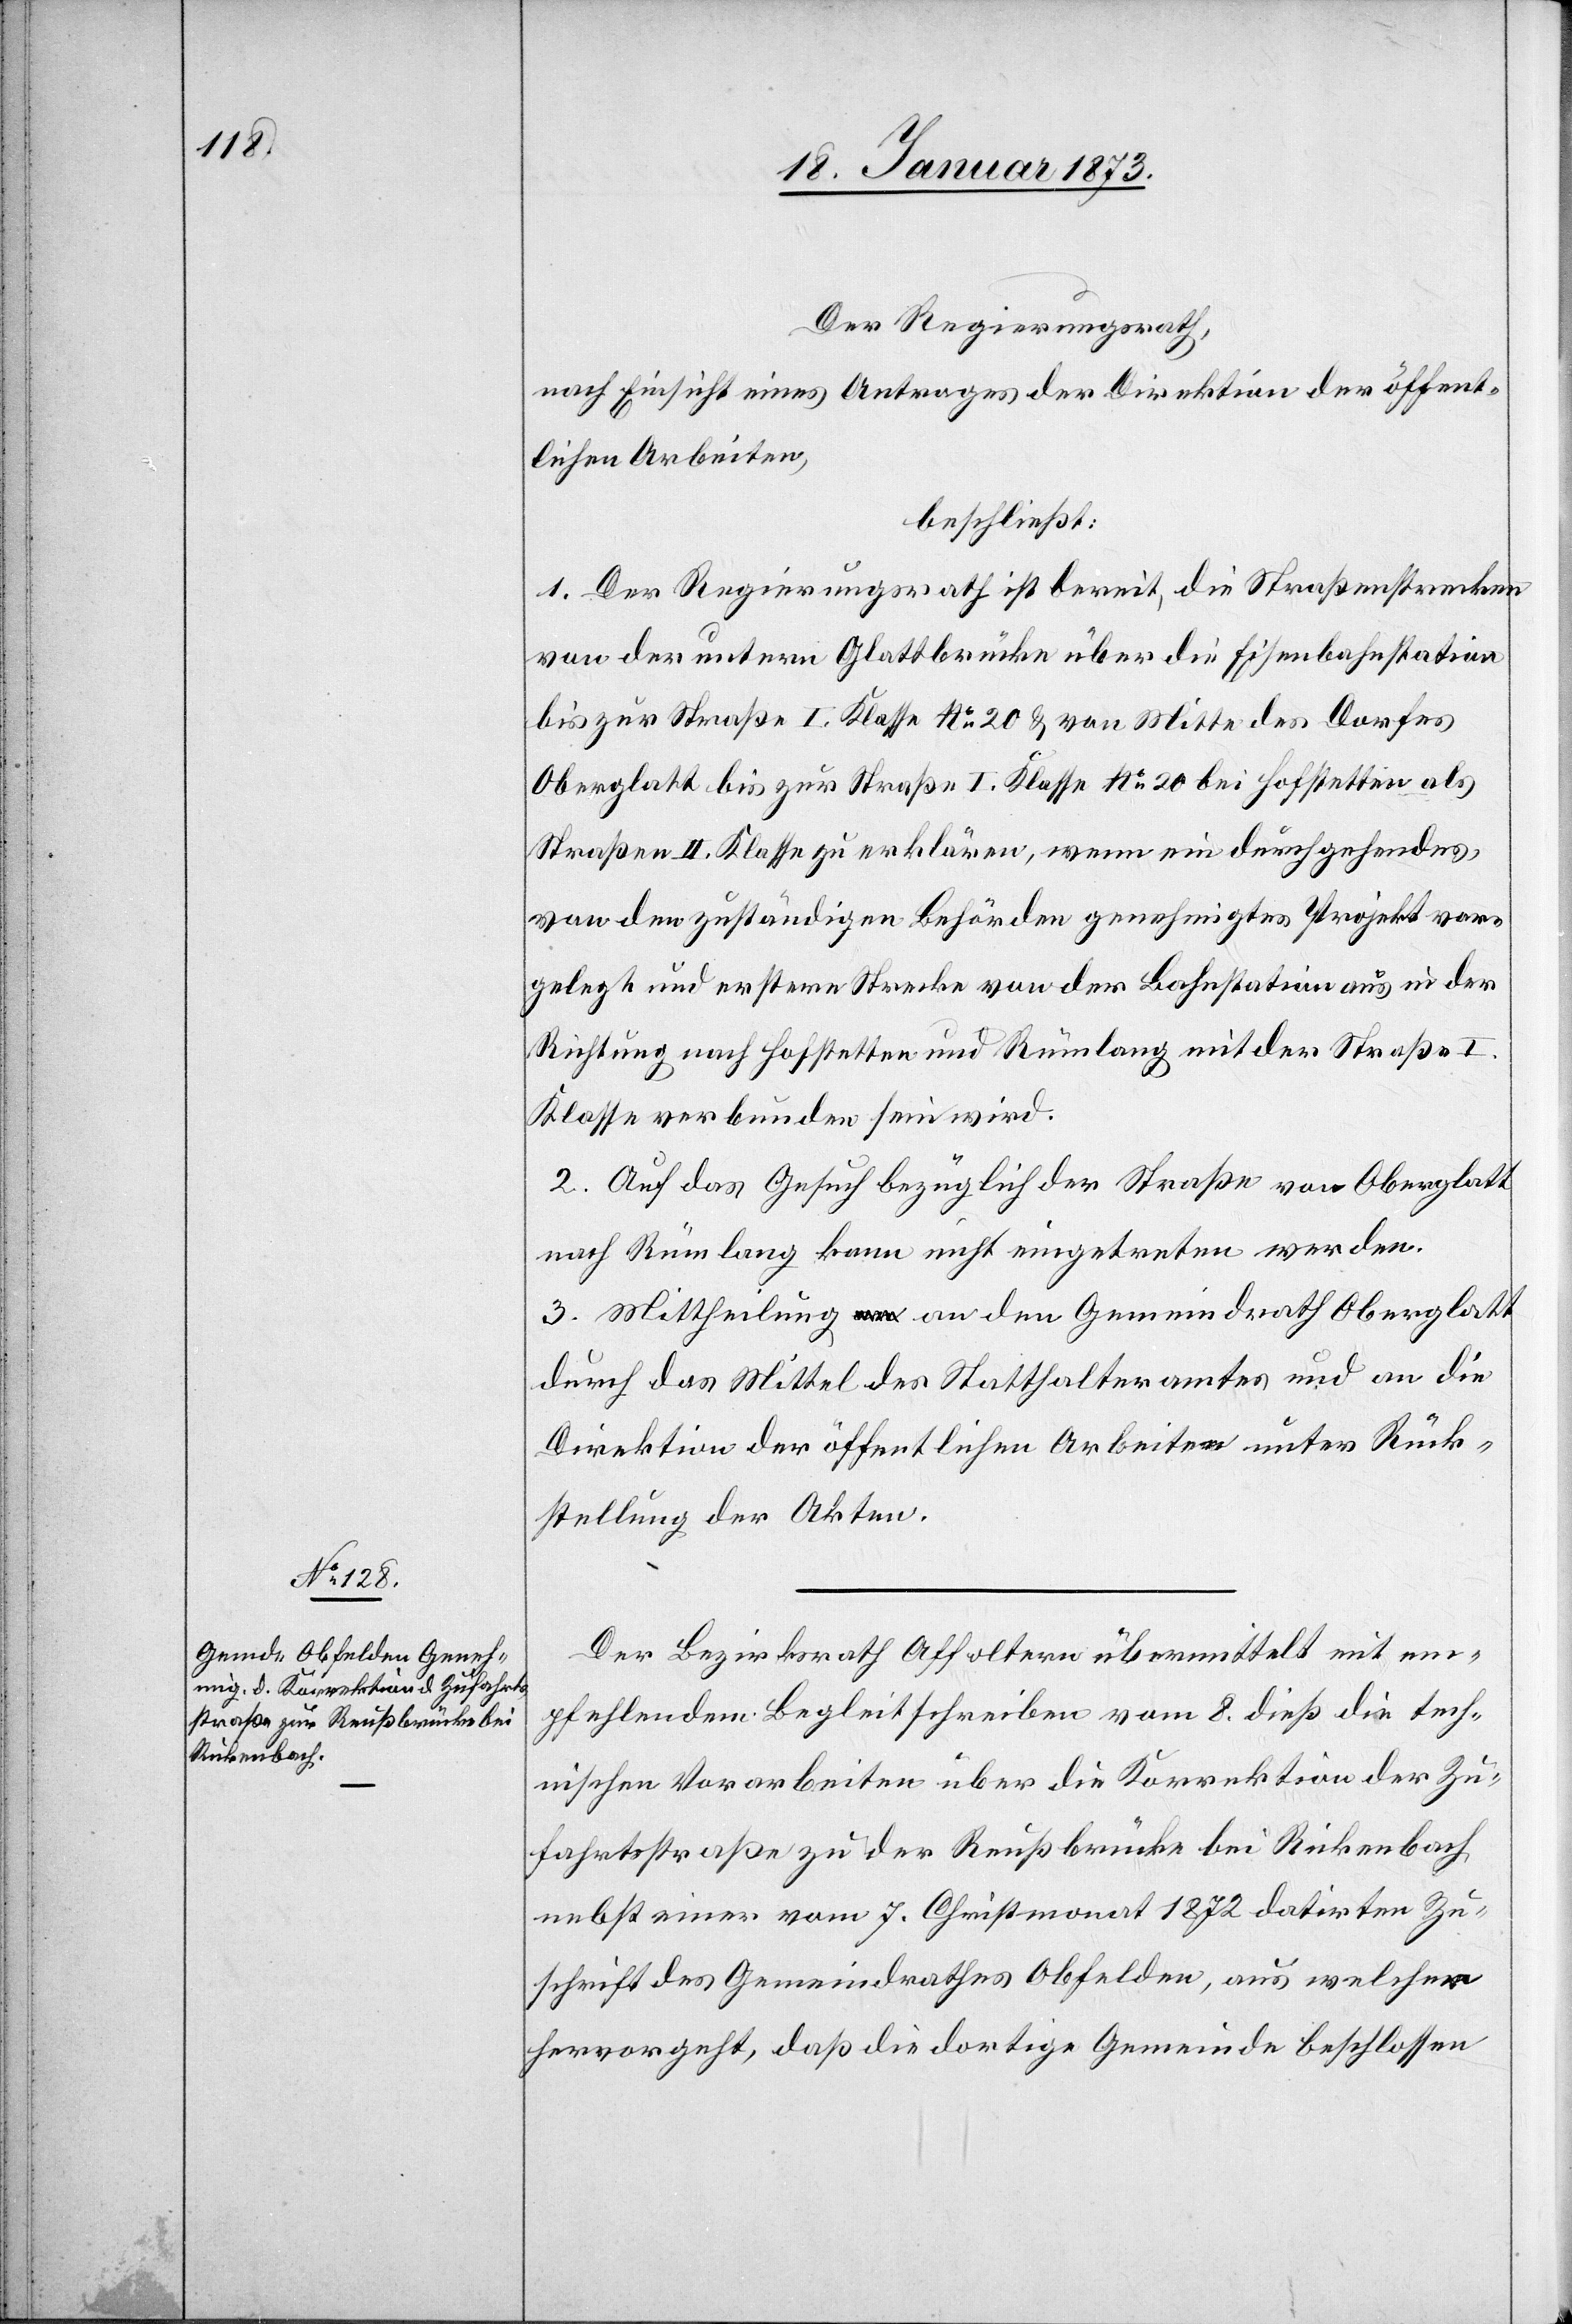
Der Regierungsrath,
nach Einsicht eines Antrages der Direktion der öffent¬
lichen Arbeiten,
beschließt:
1. Der Regierungsrath ist bereit, die Straßenstrecken
von der untern Glattbrücke über die Eisenbahnstation
bis zur Straße I. Klasse No. 20 u. von Mitte des Dorfes
Oberglatt bis zur Straße I. Klasse No. 20 bei Hofstetten als
Straße II. Klasse zu erklären, wenn ein durchgehendes,
von den zuständigen Behörden genehmigtes Projekt vor¬
gelegt und erstere Strecke von der Bahnstation aus in der
Richtung nach Hofstetten und Rümlang mit der Straße I.
Klasse verbunden sein wird.
2. Auf das Gesuch bezüglich der Straße von Oberglatt
nach Rümlang kann nicht eingetreten werden.
3. Mittheilung an den Gemeindrath Oberglatt
durch das Mittel des Statthalteramtes und an die
Direktion der öffentlichen Arbeiten unter Rück¬
stellung der Akten.
Der Bezirksrath Affoltern übermittelt mit em¬
pfehlendem Begleitschreiben vom 8. dieß die tech¬
nischen Vorarbeiten über die Korrektion der Zu¬
fahrtsstraße zu der Reußbrücke bei Rickenbach,
nebst einer vom 7. Christmonat 1872 datirten Zu¬
schrift des Gemeindrathes Obfelden, aus welcher
hervorgeht, daß die dortige Gemeinde beschlossen